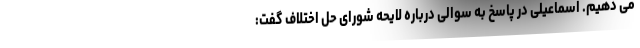
می دهیم. اسماعیلی در پاسخ به سوالی درباره لایحه شورای حل اختلاف گفت: